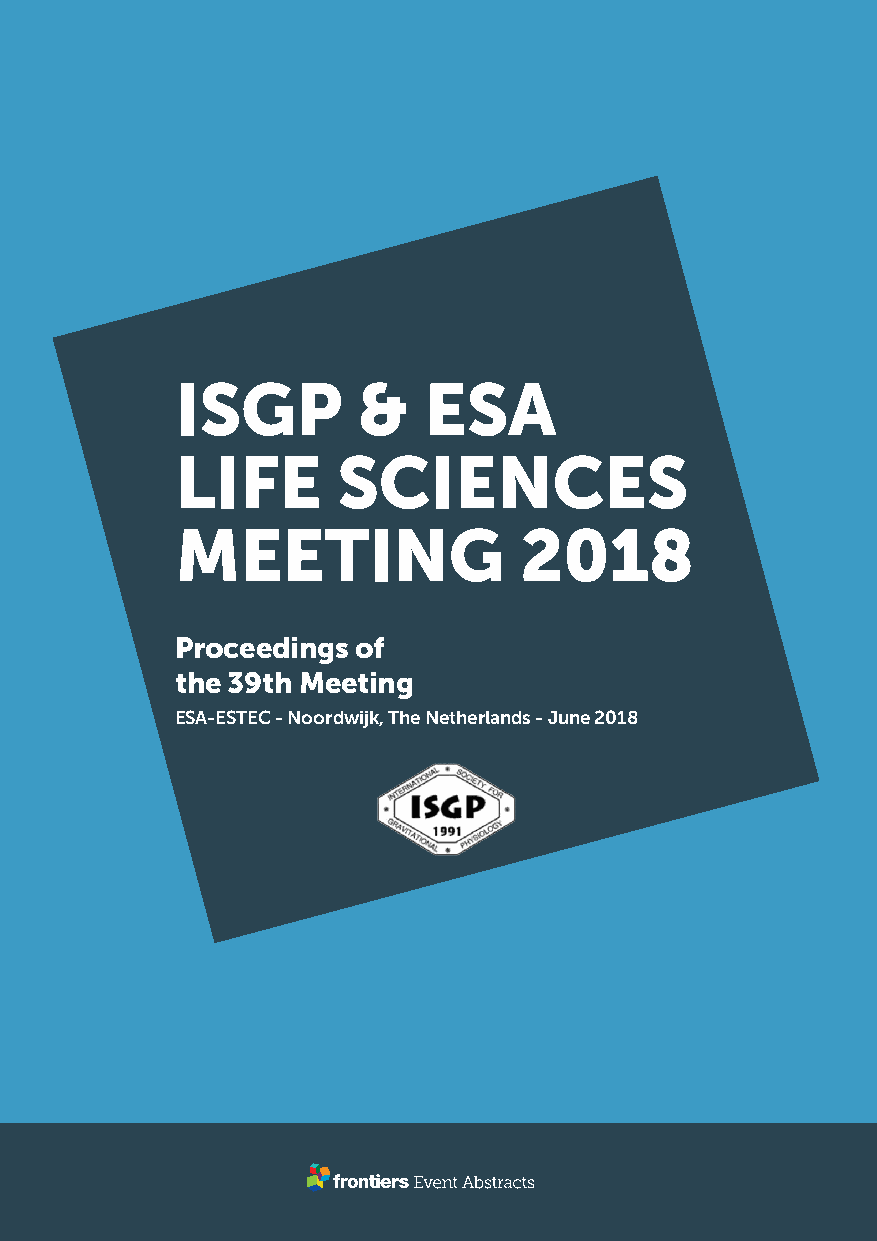
ISGP        &   ESA
 LIFE      SCIENCES
 MEETING               2018
 Proceedings of
 the 39th Meeting
 ESA-ESTEC - Noordwijk, The Netherlands - June 2018